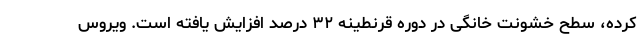
کرده، سطح خشونت خانگی در دوره قرنطینه ۳۲ درصد افزایش یافته است. ویروس